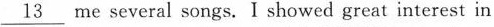
\underline{13} me several songs. I showed great interest in